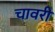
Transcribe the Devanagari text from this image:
चावरी